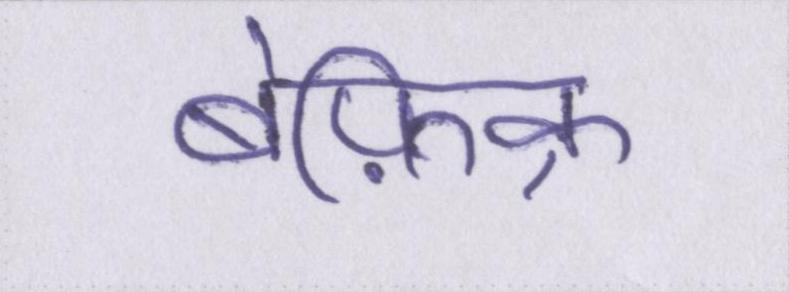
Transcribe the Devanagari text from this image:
बेफ़िक्र